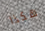
هكذا